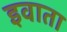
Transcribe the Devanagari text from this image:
इवाता